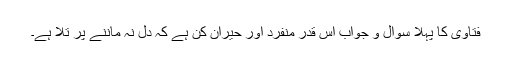
فتاویٰ کا پہلا سوال و جواب اس قدر منفرد اور حیران کن ہے کہ دل نہ ماننے پر تُلا ہے۔